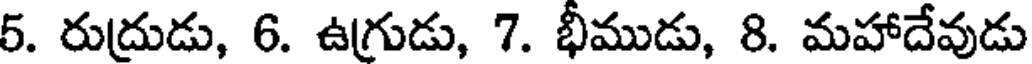
5. రుద్రుడు, 6. ఉగ్రుడు, 7. భీముడు, 8. మహాదేవుడు